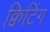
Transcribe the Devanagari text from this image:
क्विटिंग